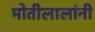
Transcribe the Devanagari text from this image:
मोतीलालांनी